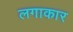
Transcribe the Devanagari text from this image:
लगाकार